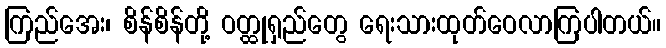
ကြည်အေး၊ စိန်စိန်တို့ ဝတ္ထုရှည်တွေ ရေးသားထုတ်ဝေလာကြပါတယ်။